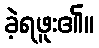
ခဲ့ရဖူး၏။